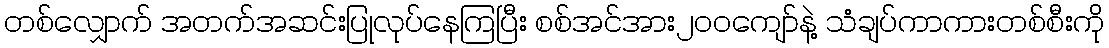
တစ်လျှောက် အတက်အဆင်းပြုလုပ်နေကြပြီး စစ်အင်အား၂၀၀ကျော်နဲ့ သံချပ်ကာကားတစ်စီးကို